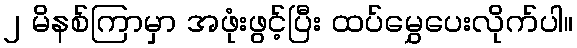
၂ မိနစ်ကြာမှာ အဖုံးဖွင့်ပြီး ထပ်မွှေပေးလိုက်ပါ။